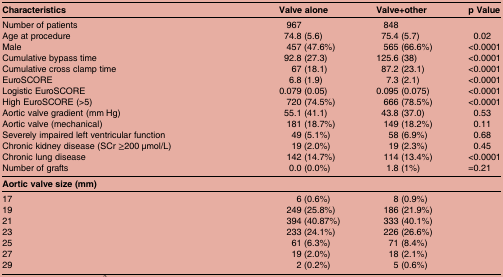
<table><thead><tr><td><b>Characteristics</b></td><td><b>Valve alone</b></td><td><b>Valve+other</b></td><td><b>p Value</b></td></tr></thead><tbody><tr><td>Number of patients</td><td>967</td><td>848</td><td></td></tr><tr><td>Age at procedure</td><td>74.8 (5.6)</td><td>75.4 (5.7)</td><td>0.02</td></tr><tr><td>Male</td><td>457 (47.6%)</td><td>565 (66.6%)</td><td>&lt;0.0001</td></tr><tr><td>Cumulative bypass time</td><td>92.8 (27.3)</td><td>125.6 (38)</td><td>&lt;0.0001</td></tr><tr><td>Cumulative cross clamp time</td><td>67 (18.1)</td><td>87.2 (23.1)</td><td>&lt;0.0001</td></tr><tr><td>EuroSCORE</td><td>6.8 (1.9)</td><td>7.3 (2.1)</td><td>&lt;0.0001</td></tr><tr><td>Logistic EuroSCORE</td><td>0.079 (0.05)</td><td>0.095 (0.075)</td><td>&lt;0.0001</td></tr><tr><td>High EuroSCORE (&gt;5)</td><td>720 (74.5%)</td><td>666 (78.5%)</td><td>&lt;0.0001</td></tr><tr><td>Aortic valve gradient (mm Hg)</td><td>55.1 (41.1)</td><td>43.8 (37.0)</td><td>0.53</td></tr><tr><td>Aortic valve (mechanical)</td><td>181 (18.7%)</td><td>149 (18.2%)</td><td>0.11</td></tr><tr><td>Severely impaired left ventricular function</td><td>49 (5.1%)</td><td>58 (6.9%)</td><td>0.68</td></tr><tr><td>Chronic kidney disease (SCr ≥200 μmol/L)</td><td>19 (2.0%)</td><td>19 (2.3%)</td><td>0.45</td></tr><tr><td>Chronic lung disease</td><td>142 (14.7%)</td><td>114 (13.4%)</td><td>&lt;0.0001</td></tr><tr><td>Number of grafts</td><td>0.0 (0.0%)</td><td>1.8 (1%)</td><td>=0.21</td></tr><tr><td><b>Aortic valve size (mm)</b></td><td></td><td></td><td></td></tr><tr><td>17</td><td>6 (0.6%)</td><td>8 (0.9%)</td><td></td></tr><tr><td>19</td><td>249 (25.8%)</td><td>186 (21.9%)</td><td></td></tr><tr><td>21</td><td>394 (40.87%)</td><td>333 (40.1%)</td><td></td></tr><tr><td>23</td><td>233 (24.1%)</td><td>226 (26.6%)</td><td></td></tr><tr><td>25</td><td>61 (6.3%)</td><td>71 (8.4%)</td><td></td></tr><tr><td>27</td><td>19 (2.0%)</td><td>18 (2.1%)</td><td></td></tr><tr><td>29</td><td>2 (0.2%)</td><td>5 (0.6%)</td><td></td></tr></tbody></table>